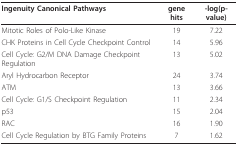
<table><thead><tr><td><b>Ingenuity Canonical Pathways</b></td><td><b>gene hits</b></td><td><b>-log(p-value)</b></td></tr></thead><tbody><tr><td>Mitotic Roles of Polo-Like Kinase</td><td>19</td><td>7.22</td></tr><tr><td>CHK Proteins in Cell Cycle Checkpoint Control</td><td>14</td><td>5.96</td></tr><tr><td>Cell Cycle: G2/M DNA Damage Checkpoint Regulation</td><td>13</td><td>5.02</td></tr><tr><td>Aryl Hydrocarbon Receptor</td><td>24</td><td>3.74</td></tr><tr><td>ATM</td><td>13</td><td>3.66</td></tr><tr><td>Cell Cycle: G1/S Checkpoint Regulation</td><td>11</td><td>2.34</td></tr><tr><td>p53</td><td>15</td><td>2.04</td></tr><tr><td>RAC</td><td>16</td><td>1.90</td></tr><tr><td>Cell Cycle Regulation by BTG Family Proteins</td><td>7</td><td>1.62</td></tr></tbody></table>